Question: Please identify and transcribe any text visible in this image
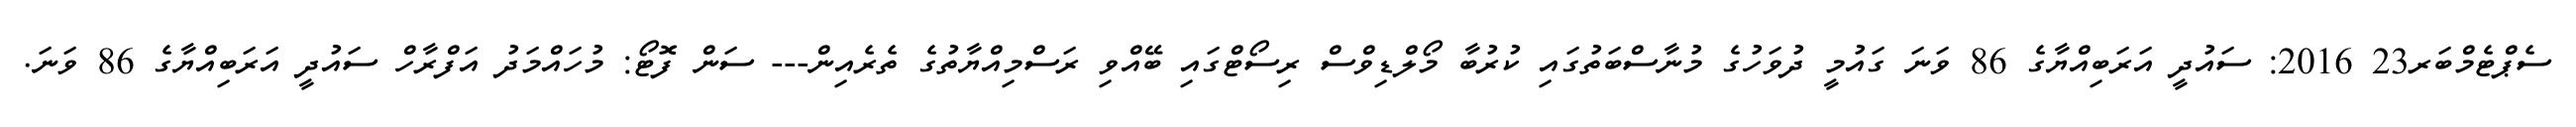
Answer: ސެޕްޓެމްބަރ23 2016: ސައުދީ އަރަބިއްޔާގެ 86 ވަނަ ގައުމީ ދުވަހުގެ މުނާސްބަތުގައި ކުރުބާ މޯލްޑިވްސް ރިސޯޓްގައި ބޭއްވި ރަސްމިއްޔާތުގެ ތެރެއިން--- ސަން ފޮޓޯ: މުހައްމަދު އަފްރާހް ސައުދީ އަރަބިއްޔާގެ 86 ވަނަ.